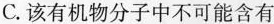
C.该有机物分子中不可能含有